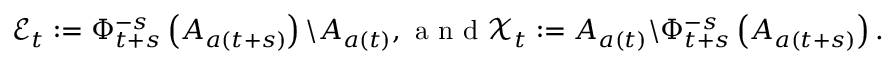
\mathcal { E } _ { t } : = \Phi _ { t + s } ^ { - s } \left( A _ { a ( t + s ) } \right) \backslash A _ { a ( t ) } , \mathrm { ~ a ~ n ~ d ~ } \mathcal { X } _ { t } : = A _ { a ( t ) } \backslash \Phi _ { t + s } ^ { - s } \left( A _ { a ( t + s ) } \right) .